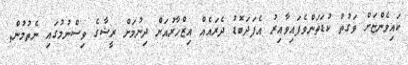
ކައިވެންޏަށް ވަގުުތު ކުޑަތަންވެފައިވާއިރު އެފަދަބޮޑު ދެރައެއް އިޒްހާރުއަށް ދިިނުމަށް ރީޝާގެ ވިސްނުމުގައި ނެތުމުން